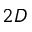
2 D